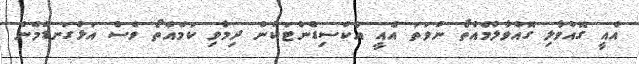
އެއީ ގޮއްވާލި ގޮއްވާލުމެއްތޯ ނުވަތަ އެއީ އެކްސިޑެންޓަކުން ދިމާވި ކަމެއްތޯ ވެސް އަޅުގަނޑުމެން